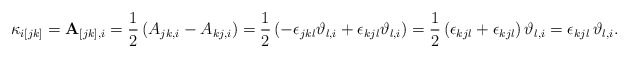
\begin{align*}\kappa_{i[jk]}=\mathbf{A}_{[jk],i}=\frac{1}{2}\left(A_{jk,i}-A_{kj,i}\right)=\frac{1}{2}\left(-\epsilon_{jkl}\vartheta_{l,i}+\epsilon_{kjl}\vartheta_{l,i}\right)=\frac{1}{2}\left(\epsilon_{kjl}+\epsilon_{kjl}\right)\vartheta_{l,i}=\epsilon_{kjl}\,\vartheta_{l,i}.\end{align*}